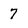
Character: 7